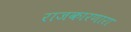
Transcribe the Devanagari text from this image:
राजकारणारा